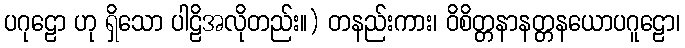
ပဂုဠော ဟု ရှိသော ပါဠိအလိုတည်း။) တနည်းကား၊ ဝိစိတ္တနာနတ္တနယောပဂူဠော၊